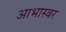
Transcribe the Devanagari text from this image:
आभास्वर